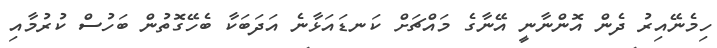
ހިމެނޭއިރު ދެން އޮންނާނީ އޭނާގެ މައްޗަށް ކަނޑައަޅާނެ އަދަބަކާ ބެހޭގޮތުން ބަހުސް ކުރުމާއި